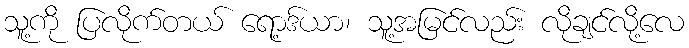
သူ့ကို ပြလိုက်တယ် ရော့ဒ်ယာ၊ သူ့အမြင်လည်း လိုချင်လို့လေ